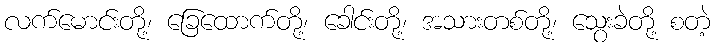
လက်မောင်းတို့၊ ခြေထောက်တို့၊ ခေါင်းတို့၊ အသားတစ်တို့၊ သွေးခဲတို့ စတဲ့